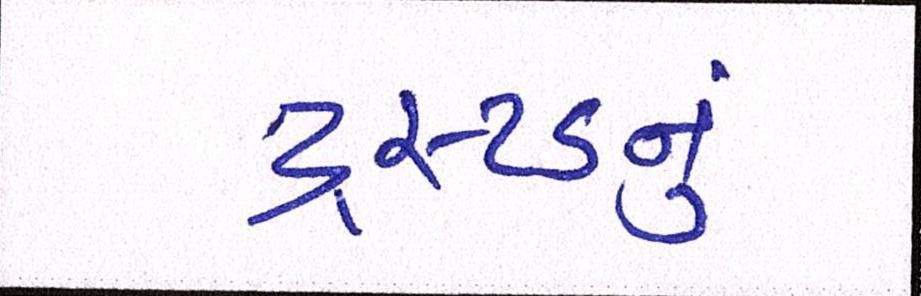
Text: ટ્રસ્ટડનું